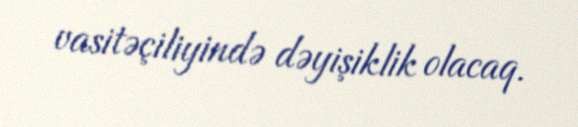
vasitəçiliyində dəyişiklik olacaq.